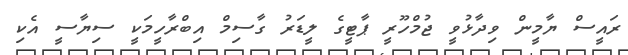
ރައީސް ޔާމީން ވިދާޅުވީ ޖުމްހޫރީ ޕާޓީގެ ލީޑަރު ގާސިމް އިބްރާހީމަކީ ސިޔާސީ އެކި